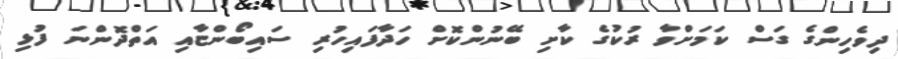
ދިވެހިންގެ ގަސް ކަމަށްވާ ރުކުގެ ކާށި ބޭނުންކޮށް ހަދާފައިހުރި ސައިބޯންޏާއި އަތްދޮންނަ ފުޅި